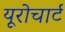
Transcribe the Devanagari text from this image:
यूरोचार्ट